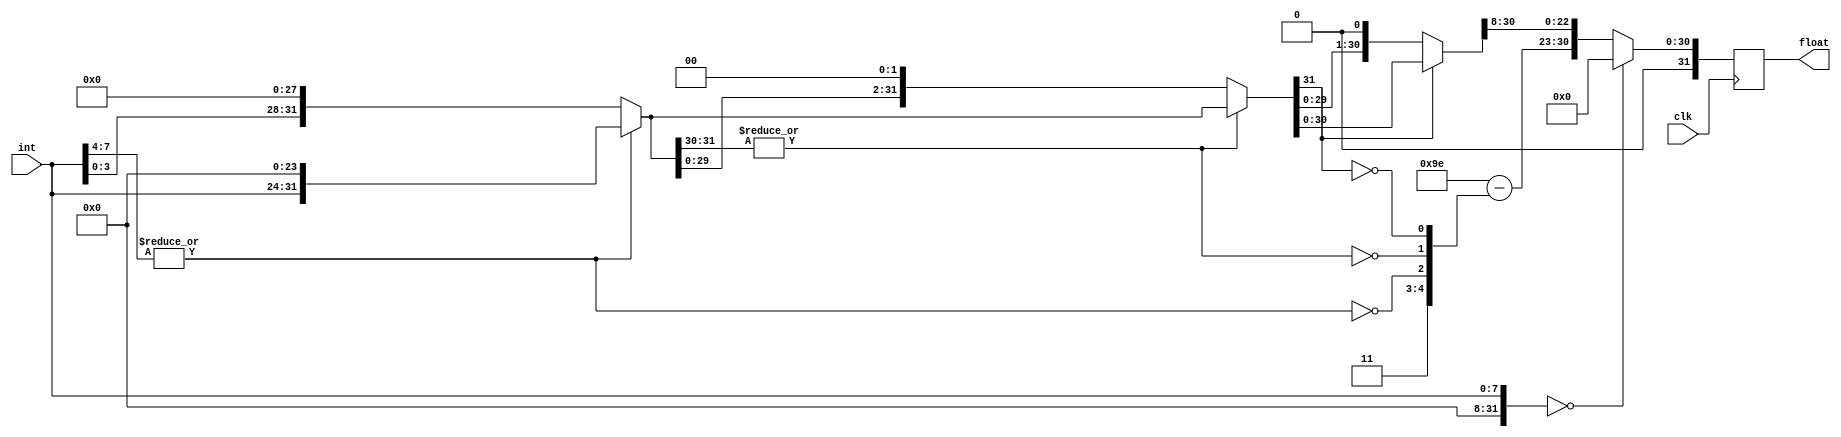
module int_to_fp (int,clk,float); // convert integer to floating point
input [7:0] int; // integer
input clk;

output reg [31:0] float;

wire [31:0] temp;
assign temp [31:0] = {24'b0,int[7:0]};

wire [31:0] f4,f3,f2,f1,f0;
wire [4:0] s; // shift(to 1.f)

assign s[4] = ~|temp[31:26];
assign f4 = s[4]? {temp[15:0],16'b0} : temp;
assign s[3] =~|f4[31:24]; // 8-bit 0
assign f3 = s[3]? {f4[23:0], 8'b0} : f4;
assign s[2] =~|f3[31:28]; // 4-bit 0
assign f2 = s[2]? {f3[27:0], 4'b0} : f3;
assign s[1] =~|f2[31:30]; // 2-bit 0
assign f1 = s[1]? {f2[29:0], 2'b0} : f2;
assign s[0] =~f1[31]; // 1-bit 0
assign f0 = s[0]? {f1[30:0], 1'b0} : f1;

wire [7:0] exponent = 8'd158 - {3'd0,s}; // 158 = 127 + 31
wire [22:0] mantissa = f0[30:8]; // f0[31] = 1, hidden bit

always @(posedge clk)begin
if (temp == 0)begin
	float <= 0;
	end
else begin
	float <= {1'b0,exponent,mantissa};
	end
	end

endmodule